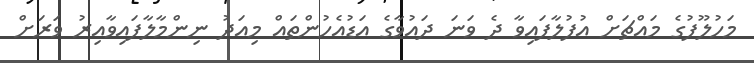
މަހުލޫފުގެ މައްޗަށް އުފުލާފައިވާ ދެ ވަނަ ދައުވާގެ އަޑުއެހުންތައް މިއަދު ނިންމާލާފައިވާއިރު ވަރަށް